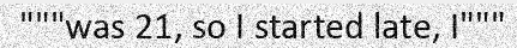
"""was 21, so I started late, I"""